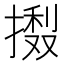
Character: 𢳽